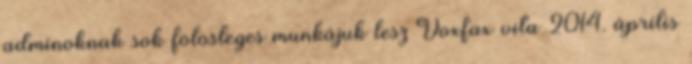
adminoknak sok fölösleges munkájuk lesz Voxfax vita 2014. április